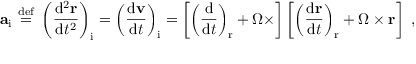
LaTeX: \mathbf { a } _ { \mathrm { i } } \ { \stackrel { \mathrm { d e f } } { = } } \ \left( { \frac { \mathrm { d } ^ { 2 } \mathbf { r } } { \mathrm { d } t ^ { 2 } } } \right) _ { \mathrm { i } } = \left( { \frac { \mathrm { d } \mathbf { v } } { \mathrm { d } t } } \right) _ { \mathrm { i } } = \left[ \left( { \frac { \mathrm { d } } { \mathrm { d } t } } \right) _ { \mathrm { r } } + { \boldsymbol { \Omega } } \times \right] \left[ \left( { \frac { \mathrm { d } \mathbf { r } } { \mathrm { d } t } } \right) _ { \mathrm { r } } + { \boldsymbol { \Omega } } \times \mathbf { r } \right] \ ,